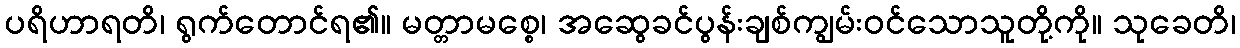
ပရိဟာရတိ၊ ရွက်တောင်ရ၏။ မတ္တာမစ္စေ၊ အဆွေခင်ပွန်းချစ်ကျွမ်းဝင်သောသူတို့ကို။ သုခေတိ၊